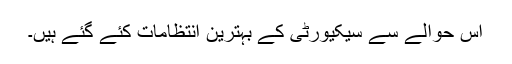
اس حوالے سے سیکیورٹی کے بہترین انتظامات کئے گئے ہیں۔